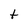
Character: t